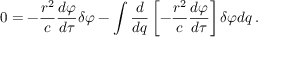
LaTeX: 0 = - { \frac { r ^ { 2 } } { c } } { \frac { d \varphi } { d \tau } } \delta \varphi - \int { { \frac { d } { d q } } \left[ - { \frac { r ^ { 2 } } { c } } { \frac { d \varphi } { d \tau } } \right] \delta \varphi d q } \, .